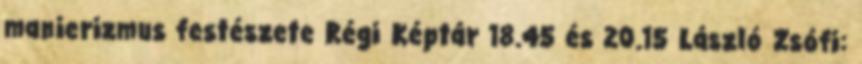
manierizmus festészete Régi Képtár 18.45 és 20.15 László Zsófi: